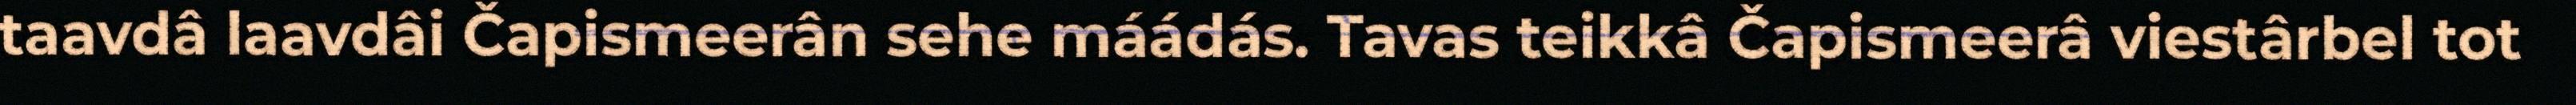
taavdâ laavdâi Čapismeerân sehe máádás. Tavas teikkâ Čapismeerâ viestârbel tot